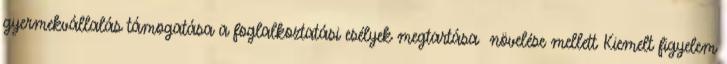
gyermekvállalás támogatása a foglalkoztatási esélyek megtartása növelése mellett Kiemelt figyelem